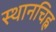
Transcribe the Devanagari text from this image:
स्थानचिह्न